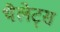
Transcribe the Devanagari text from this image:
थैलेट्स